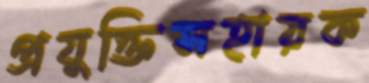
প্রযুক্তিসহায়ক